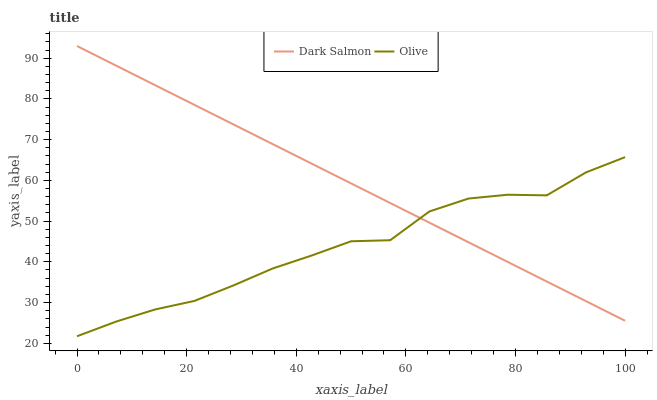
| xaxis_label | Dark Salmon | Olive |
 | --- | --- | --- |
 | 0 | 93 | 21.7 |
 | 7.14 | 88.2 | 25.3 |
 | 14.3 | 83.4 | 28.3 |
 | 21.4 | 78.5 | 30.4 |
 | 28.6 | 73.7 | 34.2 |
 | 35.7 | 68.9 | 38.4 |
 | 42.9 | 64.1 | 41.6 |
 | 50 | 59.3 | 45.1 |
 | 57.1 | 54.4 | 45.3 |
 | 64.3 | 49.6 | 52.4 |
 | 71.4 | 44.8 | 55.5 |
 | 78.6 | 40 | 56.5 |
 | 85.7 | 35.2 | 56.3 |
 | 92.9 | 30.4 | 62 |
 | 100 | 25.5 | 65.7 |